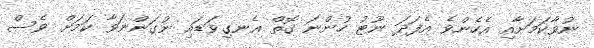
ނުވާކަމަށާއި އެހެންވެ އެފަދަ ނޫޓު ހުންނަ ގޮތް އެނގިވަޑައި ނުގަންނަވާ ކަމަށް ވެސް